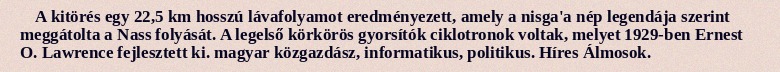
A kitörés egy 22,5 km hosszú lávafolyamot eredményezett, amely a nisga'a nép legendája szerint meggátolta a Nass folyását. A legelső körkörös gyorsítók ciklotronok voltak, melyet 1929-ben Ernest O. Lawrence fejlesztett ki. magyar közgazdász, informatikus, politikus. Híres Álmosok.